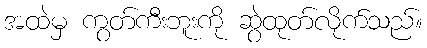
အထဲမှ ကွတ်ကီးဘူးကို ဆွဲထုတ်လိုက်သည်။